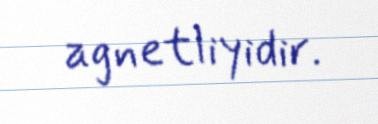
agnetliyidir.